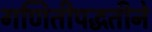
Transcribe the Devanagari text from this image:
गणितीपद्धतीने